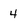
Character: 4